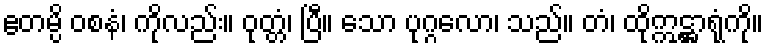
ဧတမ္ပိ ဝစနံ၊ ကိုလည်း။ ဝုတ္တံ၊ ပြီ။ သော ပုဂ္ဂလော၊ သည်။ တံ၊ ထိုဣဋ္ဌာရုံကို။